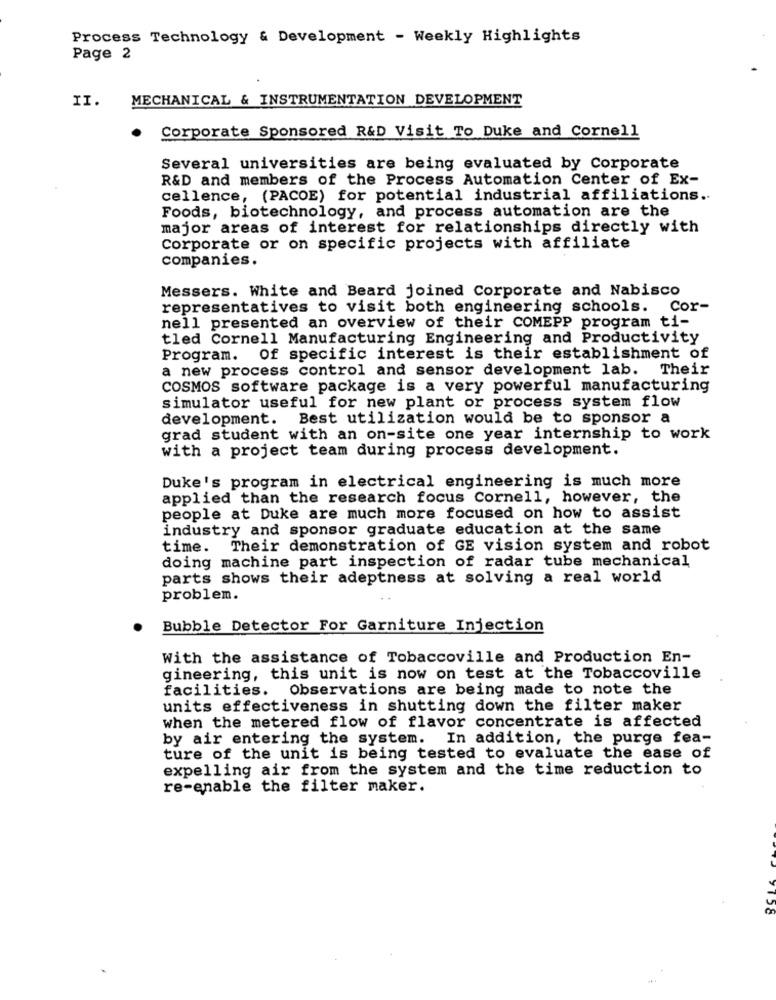
Process Technology & Development - Weekly Highlights
Page 2
II.
MECHANICAL & INSTRUMENTATION DEVELOPMENT
Corporate Sponsored R&D Visit To Duke and Cornell
Several universities are being evaluated by Corporate
R&D and members of the Process Automation Center of Ex-
cellence, (PACOE) for potential industrial affiliations ..
Foods, biotechnology, and process automation are the
major areas of interest for relationships directly with
Corporate or on specific projects with affiliate
companies.
Messers. White and Beard joined Corporate and Nabisco
representatives to visit both engineering schools. Cor-
nell presented an overview of their COMEPP program ti-
tled Cornell Manufacturing Engineering and Productivity
Program. Of specific interest is their establishment of
a new process control and sensor development lab. Their
COSMOS software package is a very powerful manufacturing
simulator useful for new plant or process system flow
development. Best utilization would be to sponsor a
grad student with an on-site one year internship to work
with a project team during process development.
Duke's program in electrical engineering is much more
applied than the research focus Cornell, however, the
people at Duke are much more focused on how to assist
industry and sponsor graduate education at the same
time. Their demonstration of GE vision system and robot
doing machine part inspection of radar tube mechanical
parts shows their adeptness at solving a real world
problem.
Bubble Detector For Garniture Injection
With the assistance of Tobaccoville and Production En-
gineering, this unit is now on test at the Tobaccoville
facilities. Observations are being made to note the
units effectiveness in shutting down the filter maker
when the metered flow of flavor concentrate is affected
by air entering the system. In addition, the purge fea-
ture of the unit is being tested to evaluate the ease of
expelling air from the system and the time reduction to
re-enable the filter maker.